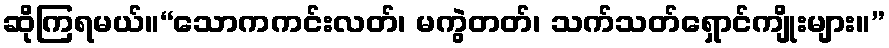
ဆိုကြရမယ်။“သောကကင်းလတ်၊ မကွဲတတ်၊ သက်သတ်ရှောင်ကျိုးများ။”